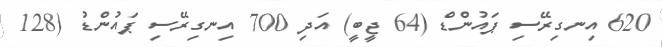
620 އިނގިރޭސި ޕައުންޑް (64 ޖީބީ) އަދި 700 އިނގިރޭސި ޕައުންޑު (128